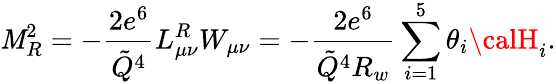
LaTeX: \mathit{M}_{R}^{2}=-{\frac{{2e^{6}}}{{\tilde{{Q}}^{4}}}}L_{\mu\nu}^{R}W_{\mu\nu}=-{\frac{{2e^{6}}}{{\tilde{{Q}}^{4}R_{w}}}}\sum_{i=1}^{5}\theta_{i}{\calH}_{i}.